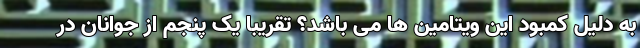
به دلیل کمبود این ویتامین ها می باشد؟ تقریباً یک پنجم از جوانان در